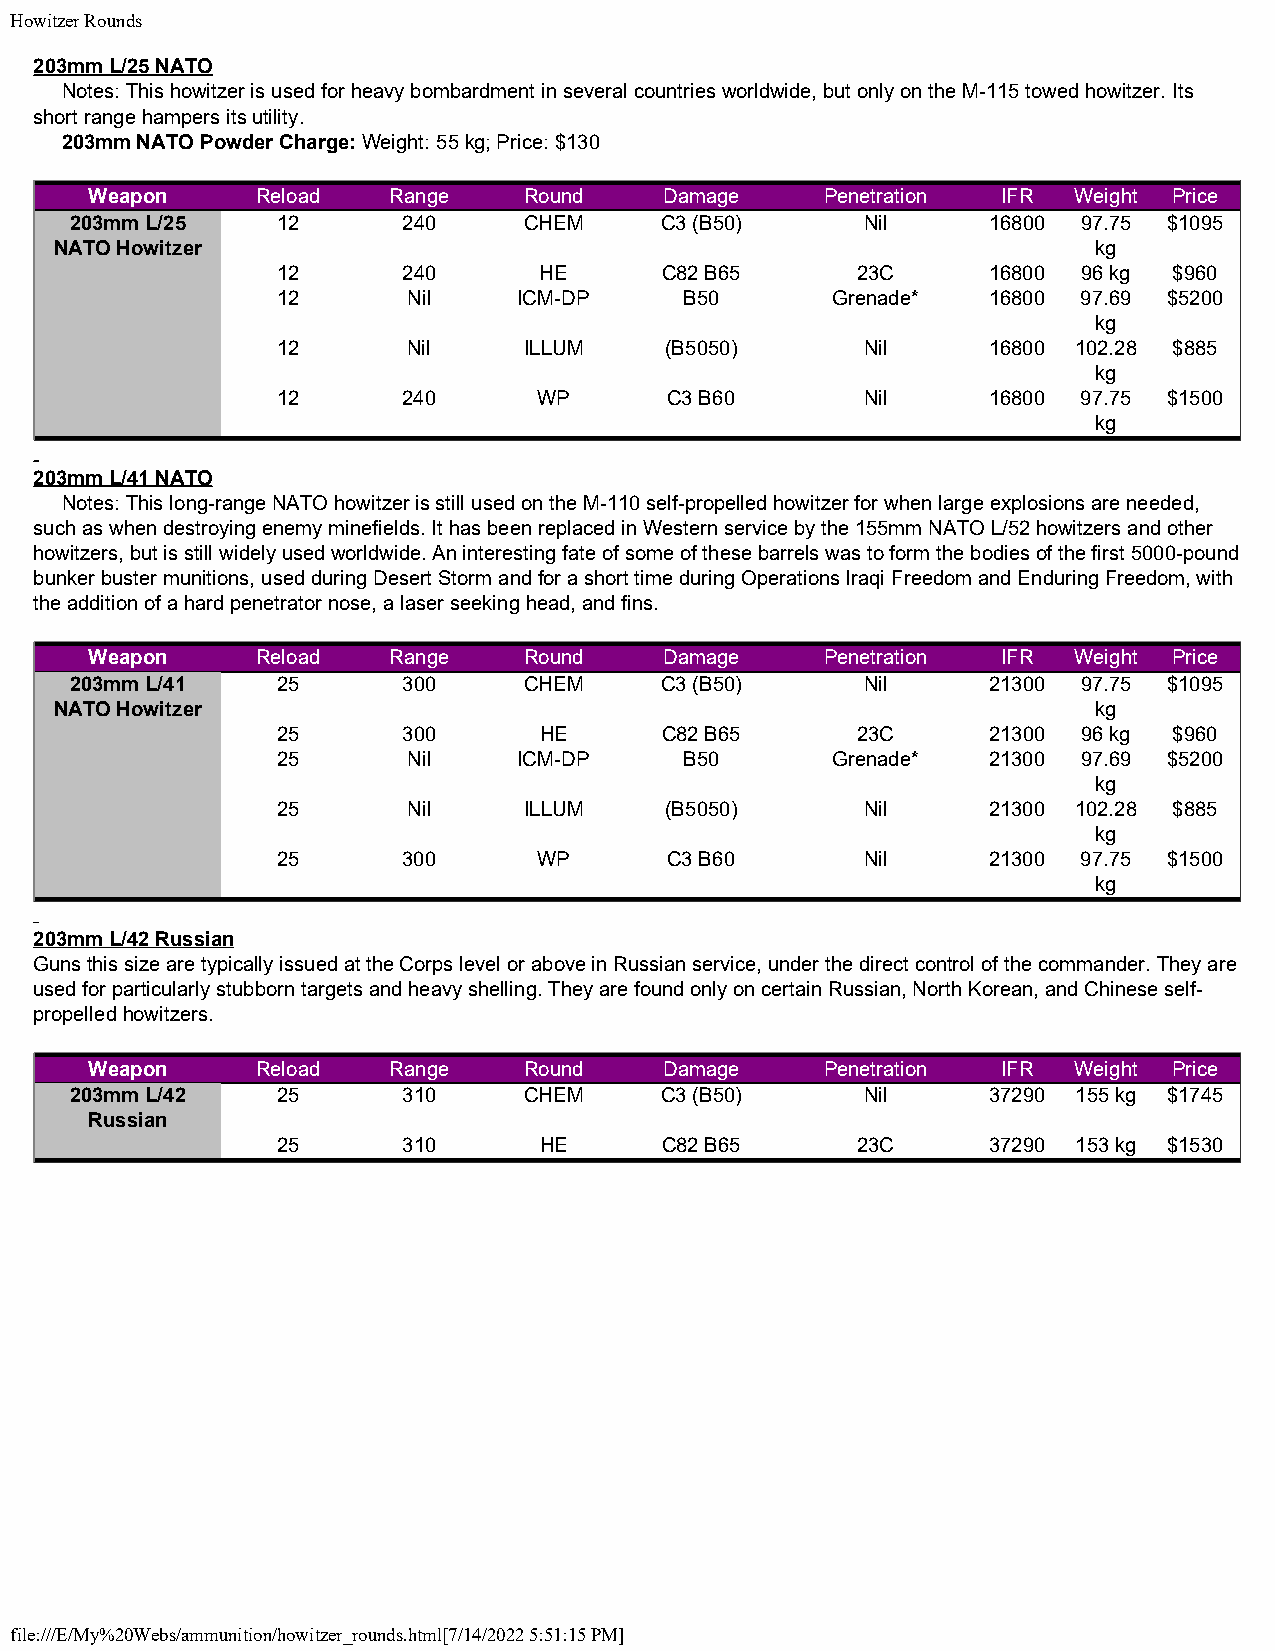
Howitzer Rounds
 203mm L/25 NATO
 Notes: This howitzer is used for heavy bombardment in several countries worldwide, but only on the M-115 towed howitzer. Its
 short range hampers its utility.
 203mm NATO Powder Charge: Weight: 55 kg; Price: $130
 Weapon     Reload   Range    Round    Damage     Penetration IFR Weight Price
 203mm L/25   12       240     CHEM     C3 (B50)     Nil     16800  97.75 $1095
 NATO Howitzer                                                        kg
 12       240      HE      C82 B65      23C     16800  96 kg $960
 12       Nil    ICM-DP     B50       Grenade*  16800  97.69 $5200
 kg
 12       Nil     ILLUM    (B5050)      Nil     16800 102.28 $885
 kg
 12       240      WP      C3 B60       Nil     16800  97.75 $1500
 kg
 203mm L/41 NATO
 Notes: This long-range NATO howitzer is still used on the M-110 self-propelled howitzer for when large explosions are needed,
 such as when destroying enemy minefields. It has been replaced in Western service by the 155mm NATO L/52 howitzers and other
 howitzers, but is still widely used worldwide. An interesting fate of some of these barrels was to form the bodies of the first 5000-pound
 bunker buster munitions, used during Desert Storm and for a short time during Operations Iraqi Freedom and Enduring Freedom, with
 the addition of a hard penetrator nose, a laser seeking head, and fins.
 Weapon     Reload   Range    Round    Damage     Penetration IFR Weight Price
 203mm L/41   25       300     CHEM     C3 (B50)     Nil     21300  97.75 $1095
 NATO Howitzer                                                        kg
 25       300      HE      C82 B65      23C     21300  96 kg $960
 25       Nil    ICM-DP     B50       Grenade*  21300  97.69 $5200
 kg
 25       Nil     ILLUM    (B5050)      Nil     21300 102.28 $885
 kg
 25       300      WP      C3 B60       Nil     21300  97.75 $1500
 kg
 203mm L/42 Russian
 Guns this size are typically issued at the Corps level or above in Russian service, under the direct control of the commander. They are
 used for particularly stubborn targets and heavy shelling. They are found only on certain Russian, North Korean, and Chinese self-
 propelled howitzers.
 Weapon     Reload   Range    Round    Damage     Penetration IFR Weight Price
 203mm L/42   25       310     CHEM     C3 (B50)     Nil     37290 155 kg $1745
 Russian
 25       310      HE      C82 B65      23C     37290 153 kg $1530
 file:///E/My%20Webs/ammunition/howitzer_rounds.html[7/14/2022 5:51:15 PM]